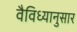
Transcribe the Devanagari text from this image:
वैविध्यानुसार